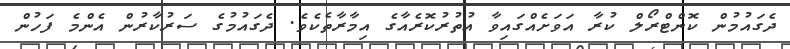
ދެގައުމުން ކޮންޓްރޯލް ކުރާ އަވަށެއްގައިވާ އުތުރުކޮރެއާގެ އިމާރާތެކެވެ. ދެގައުމުގެ ސަރުކާރުން އެންމެ ފަހުން